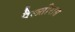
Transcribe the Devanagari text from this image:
पैलतीरास